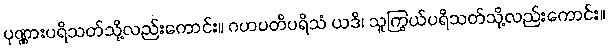
ပုဏ္ဏားပရိသတ်သို့လည်းကောင်း။ ဂဟပတိပရိသံ ယဒိ၊ သူကြွယ်ပရိသတ်သို့လည်းကောင်း။